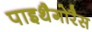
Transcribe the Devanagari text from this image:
पाइथैगोरैस